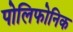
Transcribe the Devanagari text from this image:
पोलिफोनिक